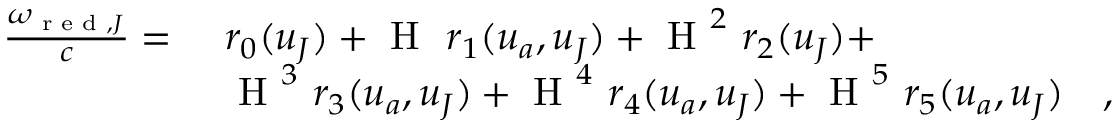
\begin{array} { r l } { \frac { \omega _ { \textup { r e d } , J } } { c } = } & { \ r _ { 0 } ( \boldsymbol { u } _ { J } ) + \textup { H } \ r _ { 1 } ( \boldsymbol { u } _ { a } , \boldsymbol { u } _ { J } ) + \textup { H } ^ { 2 } \ r _ { 2 } ( \boldsymbol { u } _ { J } ) + } \\ & { \ \textup { H } ^ { 3 } \ r _ { 3 } ( \boldsymbol { u } _ { a } , \boldsymbol { u } _ { J } ) + \textup { H } ^ { 4 } \ r _ { 4 } ( \boldsymbol { u } _ { a } , \boldsymbol { u } _ { J } ) + \textup { H } ^ { 5 } \ r _ { 5 } ( \boldsymbol { u } _ { a } , \boldsymbol { u } _ { J } ) \ \ \ , } \end{array}